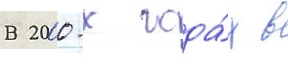
В 2000-х года́х в